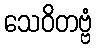
သေဝိတဗ္ဗံ